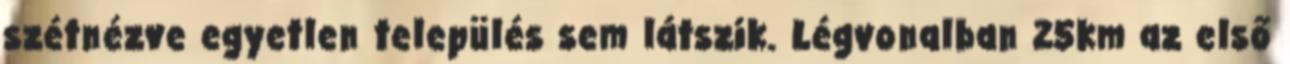
szétnézve egyetlen település sem látszik. Légvonalban 25km az első